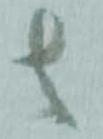
者